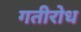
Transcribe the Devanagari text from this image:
गतीरोध